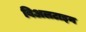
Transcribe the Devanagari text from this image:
बिअलटाइन